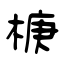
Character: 椩